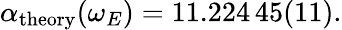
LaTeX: \begin{array}{r}{\alpha_{\mathrm{theory}}(\omega_{E})=11.224\, 45(11).}\end{array}